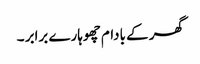
گھر کے بادام چھوہارے برابر ۔